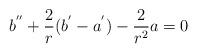
LaTeX: \begin{align*}b^{''}+\frac{2}{r}(b^{'}-a^{'})-\frac{2}{r^2}a=0\end{align*}